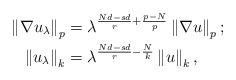
LaTeX: \begin{align*}\left\Vert \nabla u_{\lambda}\right\Vert _{p} & =\lambda^{\frac{Nd-sd}{r}+\frac{p-N}{p}}\left\Vert \nabla u\right\Vert _{p};\\\left\Vert u_{\lambda}\right\Vert _{k} & =\lambda^{\frac{Nd-sd}{r}-\frac{N}{k}}\left\Vert u\right\Vert _{k},\end{align*}